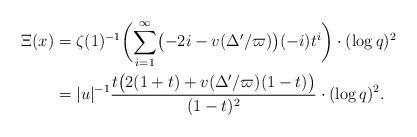
LaTeX: \begin{align*} \Xi(x) &= \zeta(1)^{-1} \biggl(\sum_{i=1}^\infty \bigl(-2i-v(\Delta'/\varpi)\bigr)(-i)t^i\biggr)\cdot (\log q)^2 \\ &= |u|^{-1} \frac{t \bigl(2 (1+ t) + v(\Delta'/\varpi)(1- t)\bigr)}{(1 - t)^2}\cdot (\log q)^2.\end{align*}